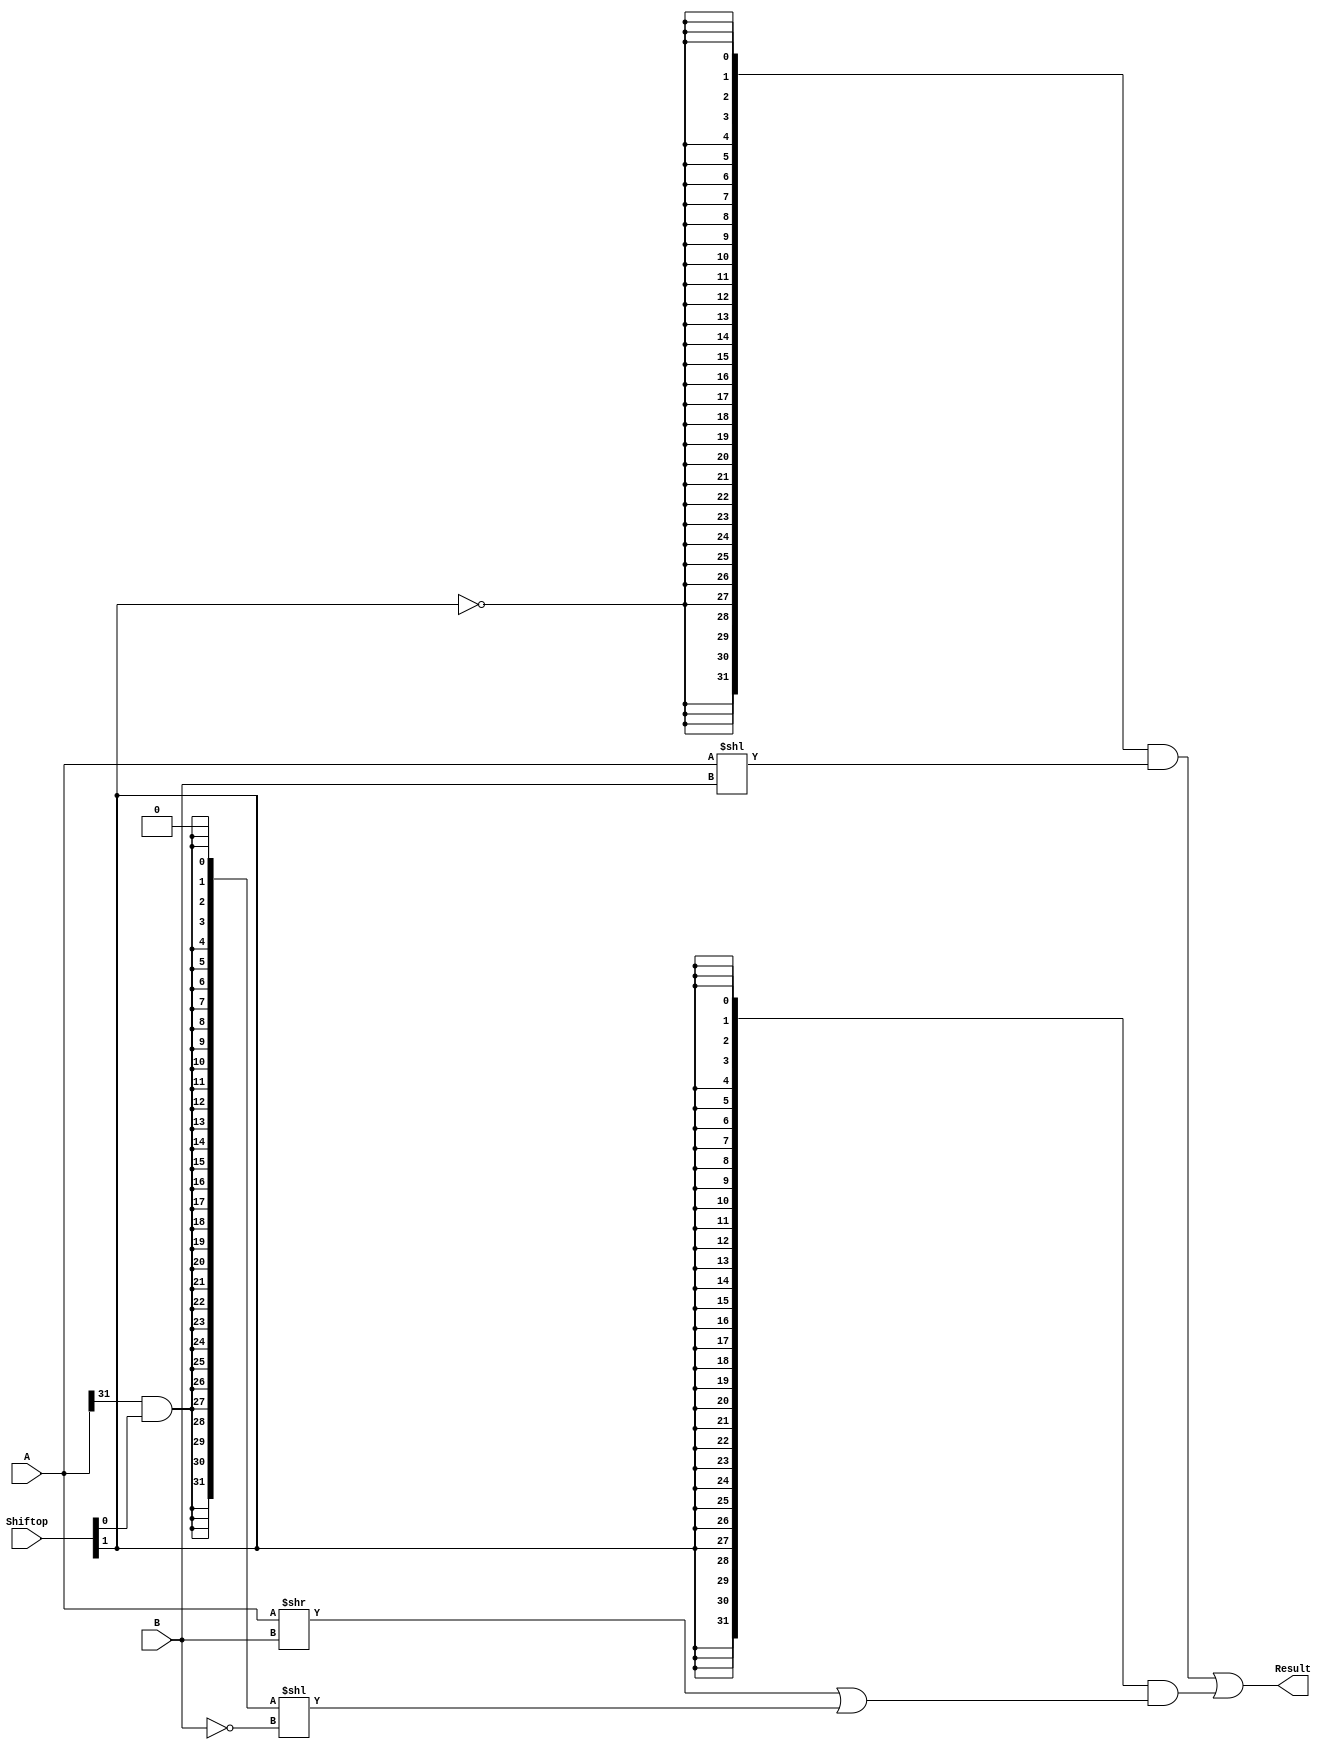
`timescale 10 ns / 1 ns

`define DATA_WIDTH 32

module shifter (
	input  [31:0] A,
	input  [ 4:0] B,
	input  [ 1:0] Shiftop,
	output [31:0] Result
);

	// 0x: left
	// 10: right logical shift
	// 11: right arithmetic shift
	wire [31:0] signExtend;

	assign signExtend = {{31{A[31] & Shiftop[0]}}, 1'b0} << (~B[4:0]);

	assign Result = {32{~Shiftop[1]}} &  (A[31:0] <<  B[4:0])
		      | {32{ Shiftop[1]}} & ((A[31:0] >>  B[4:0]) | signExtend[31:0]);
	
endmodule